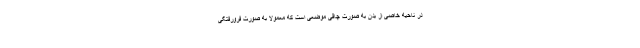
در ناحیه خاصی از بدن به صورت چاقی موضعی است که معمولا به صورت فرورفتگی